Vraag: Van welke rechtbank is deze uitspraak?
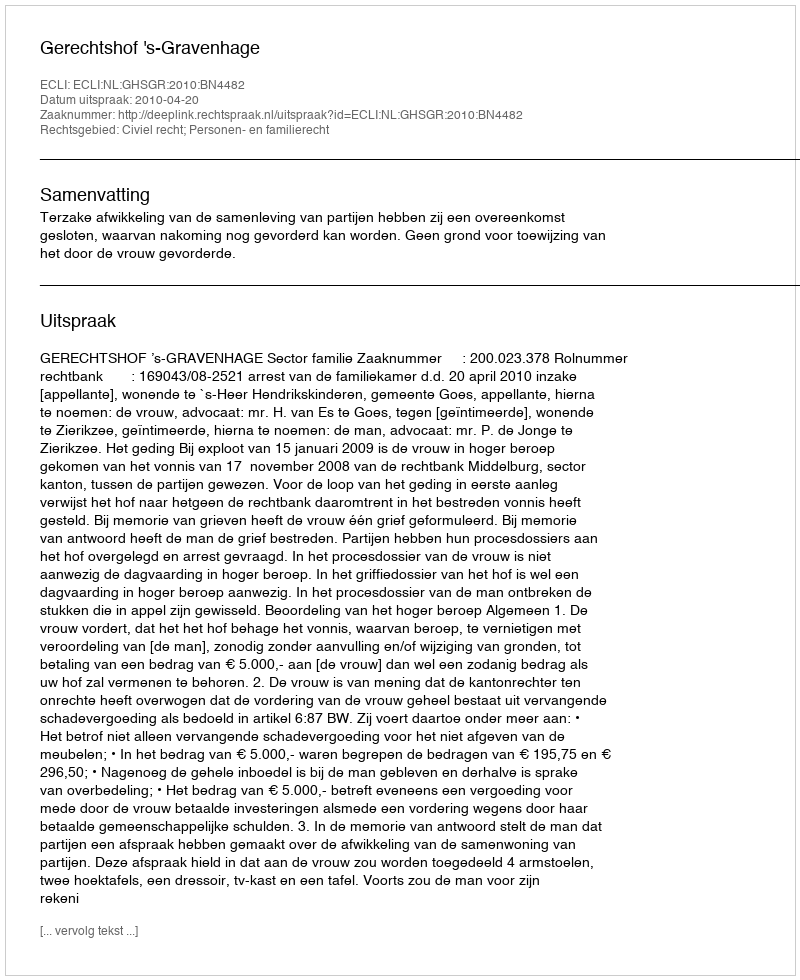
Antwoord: Gerechtshof 's-Gravenhage